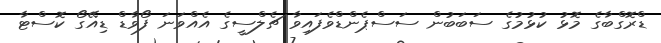
ޑްރޮގްބާގެ މޮޅު ކުޅުމުގެ ސަބަބުން ސަސްޕެންޑްވެފައިވާ ޗެލްސީގެ އެއްވަނަ ފޯވާޑް ޑިއޭގޯ ކޮސްޓާ